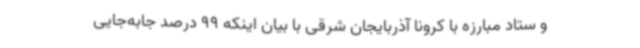
و ستاد مبارزه با کرونا آذربایجان‌ شرقی با بیان اینکه 99 درصد جابه‌جایی